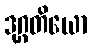
ဒုဂ္ဂတိယော